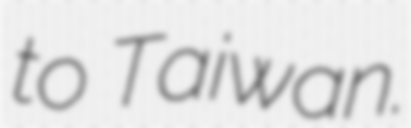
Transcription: to Taiwan.